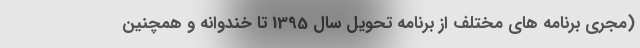
(مجری برنامه های مختلف از برنامه تحویل سال 1395 تا خندوانه و همچنین